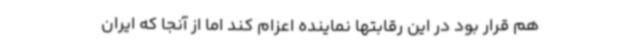
هم قرار بود در این رقابتها نماینده اعزام کند اما از آنجا که ایران